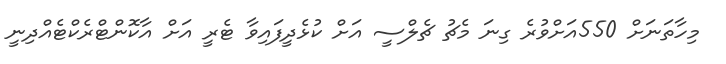
މިހާތަނަށް 550އަށްވުރެ ގިނަ މެޗު ޗެލްސީ އަށް ކުޅެދީފައިވާ ޓެރީ އަށް އާކޮންޓްރެކްޓެއްދިނީ